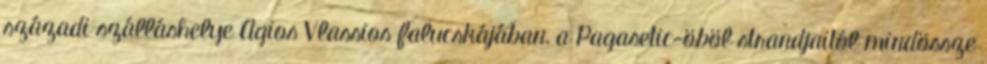
századi szálláshelye Agios Vlassios falucskájában, a Pagasetic-öböl strandjaitól mindössze